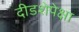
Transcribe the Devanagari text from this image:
दीडशेपेक्षा